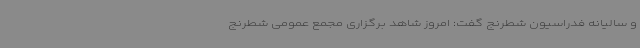
و سالیانه فدراسیون شطرنج گفت: امروز شاهد برگزاری مجمع عمومی شطرنج